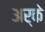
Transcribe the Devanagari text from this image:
अर्के